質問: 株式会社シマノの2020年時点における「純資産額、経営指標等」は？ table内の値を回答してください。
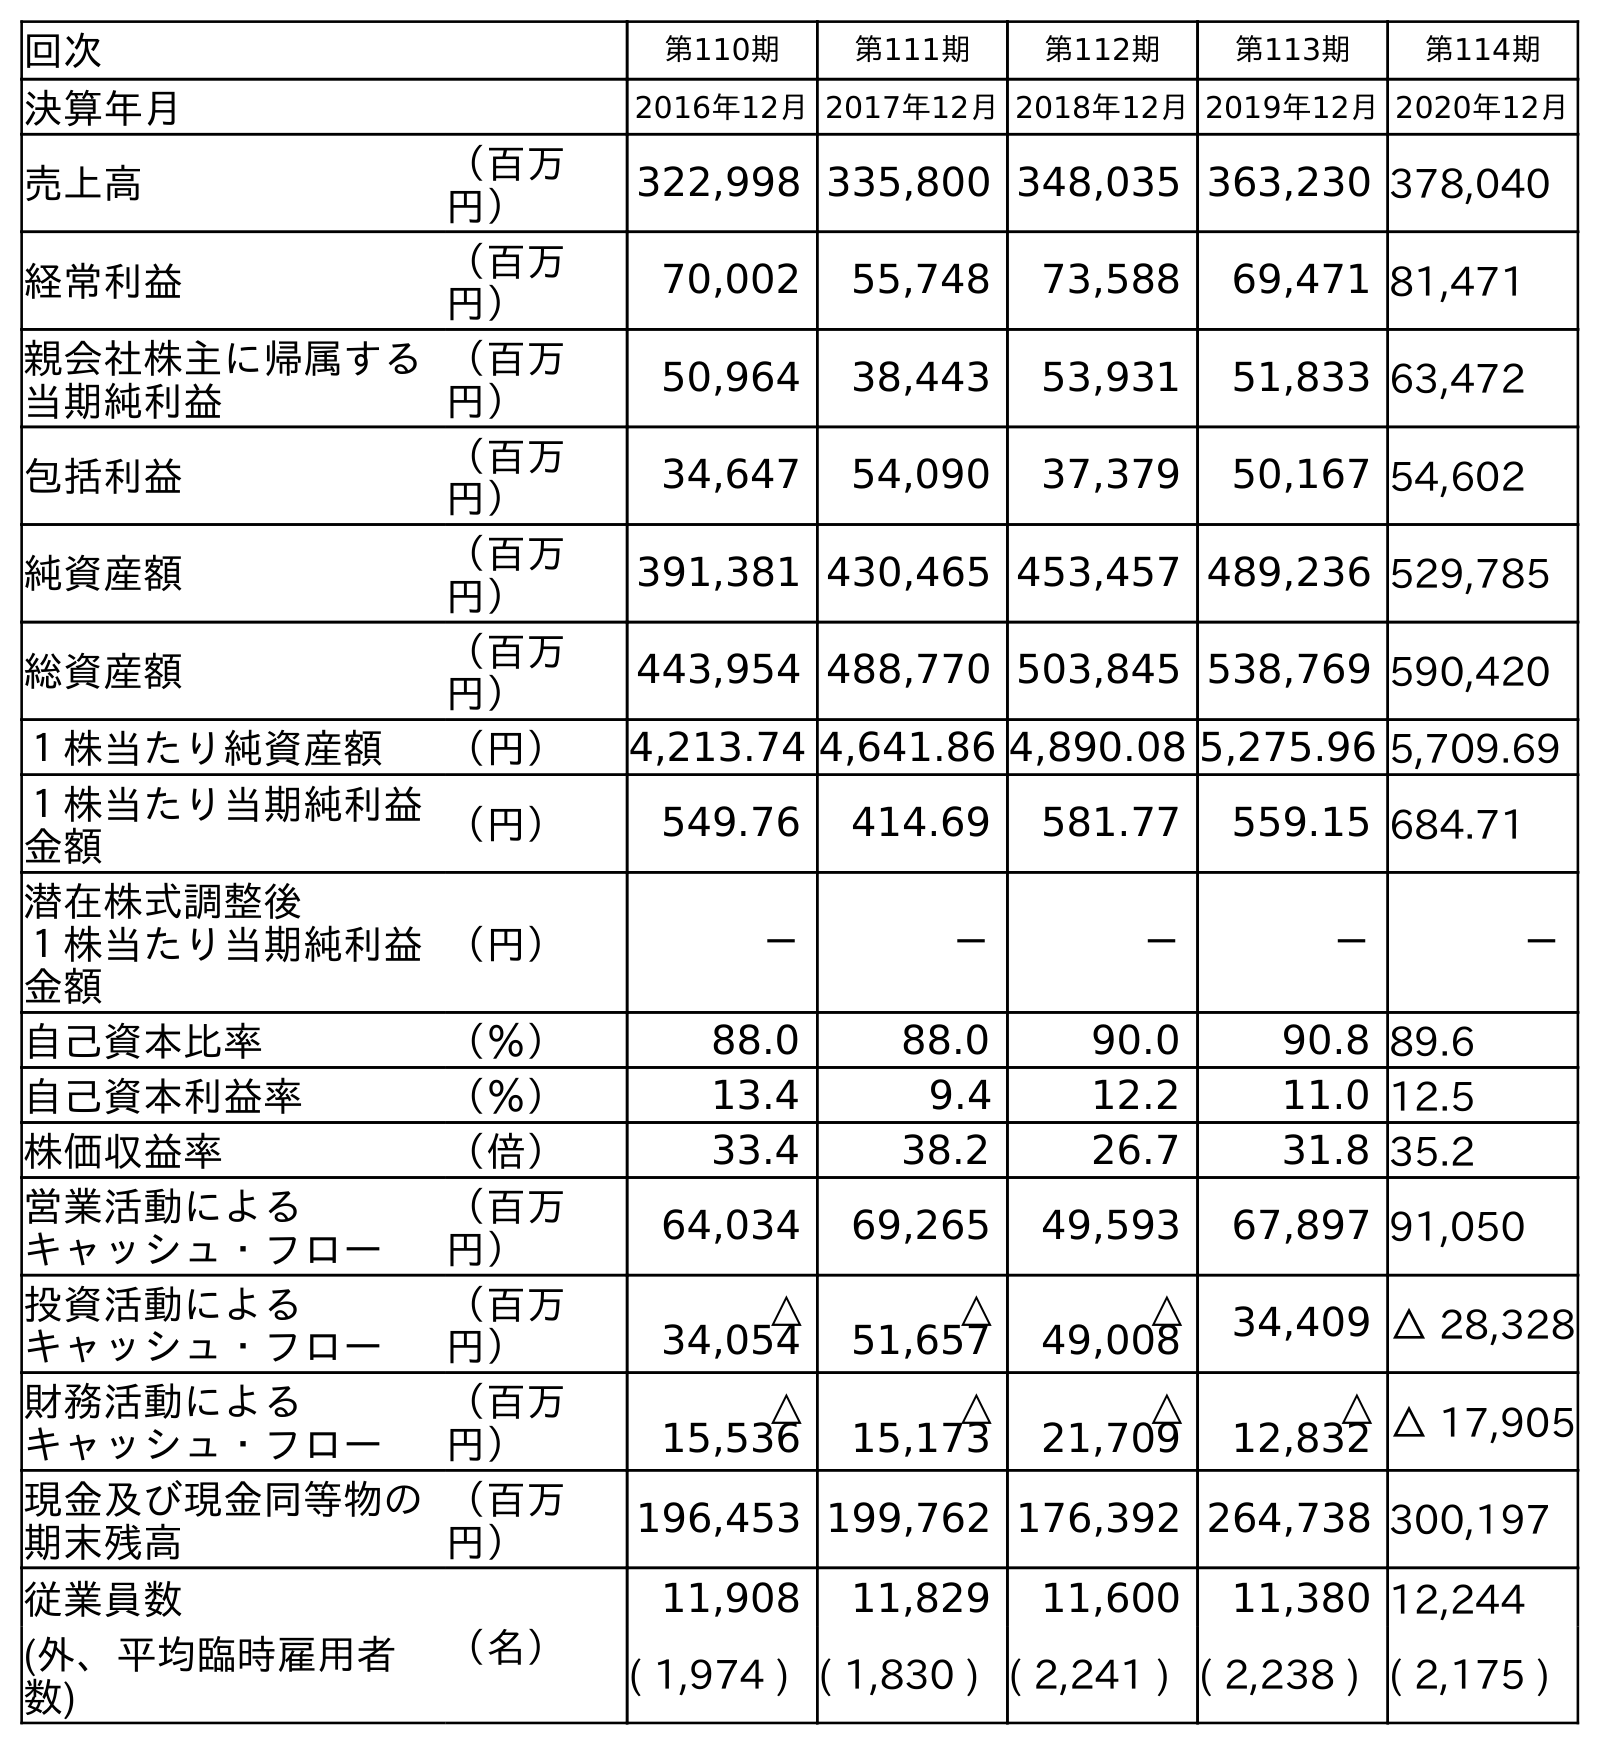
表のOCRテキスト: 回次 第110期 第111期 第112期 第113期 第114期 決算年月 2016年12月2017年12月2018年12月2019年12月2020年12月 売上高 （百万 円） 322,998 335,800 348,035 363,230 378,040 経常利益 （百万 円） 70,002 55,748 73,588 69,471 81,471 親会社株主に帰属する 当期純利益 （百万 円） 50,964 38,443 53,931 51,833 63,472 包括利益 （百万 円） 34,647 54,090 37,379 50,167 54,602 純資産額 （百万 円） 391,381 430,465 453,457 489,236 529,785 総資産額 （百万 円） 443,954 488,770 503,845 538,769 590,420 １株当たり純資産額 （円） 4,213.74 4,641.86 4,890.08 5,275.96 5,709.69 １株当たり当期純利益 金額 （円） 549.76 414.69 581.77 559.15 684.71 潜在株式調整後 １株当たり当期純利益 金額 （円） － － － － － 自己資本比率 （％） 88.0 88.0 90.0 90.8 89.6 自己資本利益率 （％） 13.4 9.4 12.2 11.0 12.5 株価収益率 （倍） 33.4 38.2 26.7 31.8 35.2 営業活動による キャッシュ・フロー （百万 円） 64,034 69,265 49,593 67,897 91,050 投資活動による キャッシュ・フロー （百万 円） △ 34,054 △ 51,657 △ 49,008 34,409 △ 28,328 財務活動による キャッシュ・フロー （百万 円） △ 15,536 △ 15,173 △ 21,709 △ 12,832 △ 17,905 現金及び現金同等物の 期末残高 （百万 円） 196,453 199,762 176,392 264,738 300,197 従業員数 （名） 11,908 11,829 11,600 11,380 12,244 (外、平均臨時雇用者 数) ( 1,974 ) ( 1,830 ) ( 2,241 ) ( 2,238 ) ( 2,175 )
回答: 529,785